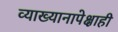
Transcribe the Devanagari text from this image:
व्याख्यानापेक्षाही